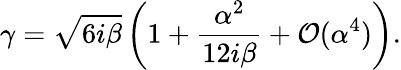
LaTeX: \gamma=\sqrt{6i\beta}\left(1+\frac{\alpha^{2}}{12i\beta}+\mathcal O(\alpha^{4})\right).